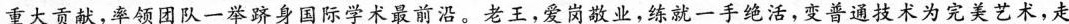
重大贡献，率领团队一举跻身国际学术最前沿。老王，爱岗敬业，练就一手绝活，变普通技术为完美艺术，走